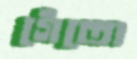
গেঁতো